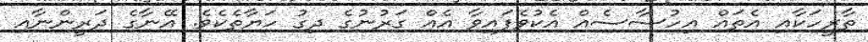
ތާރީހަކާއި އެތައް އިހުސާސެއް އެކުވެފައިވާ އެއް ގަރުނުގެ ދިގު ހަޔާތެކެވެ. އޭނާގެ ދަރީންނާއި